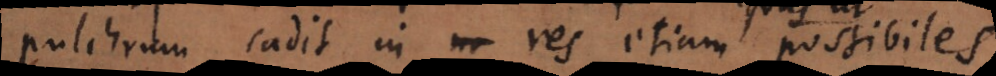
pulchrum cadit in res etiam possibiles